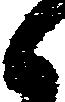
候